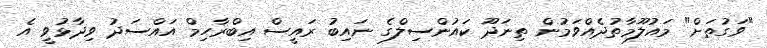
"ވަގުތަށް" މައުލޫމާތުދެއްވަމުން ތިނަދޫ ކައުންސިލްގެ ނައިބު ރައީސް އިބްރާހިމް އައްސަދު ވިދާޅުވީ އެ